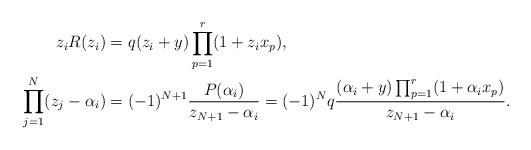
LaTeX: \begin{align*}z_iR(z_i)&=q(z_i+y)\prod_{p=1}^{r}(1+z_ix_p),\\\prod_{j=1}^{N}(z_j-\alpha_i)&=(-1)^{N+1}\frac{P(\alpha_i)}{z_{N+1}-\alpha_i}=(-1)^Nq\frac{(\alpha_i+y)\prod_{p=1}^{r}(1+\alpha_ix_p)}{z_{N+1}-\alpha_i}.\end{align*}